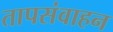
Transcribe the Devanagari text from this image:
तापसंवाहन